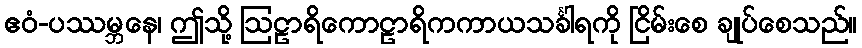
ဧဝံ-ပဿမ္ဘနေ၊ ဤသို့ ဩဠာရိကောဠာရိကကာယသင်္ခါရကို ငြိမ်းစေ ချုပ်စေသည်။